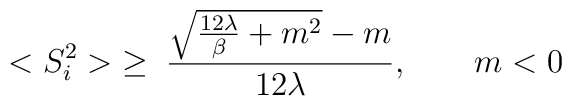
<S_i^2>\; \ge\; \frac{{\sqrt {\frac{12\lambda}{\beta} + m^2}} - m} {12\lambda}, \qquad m < 0